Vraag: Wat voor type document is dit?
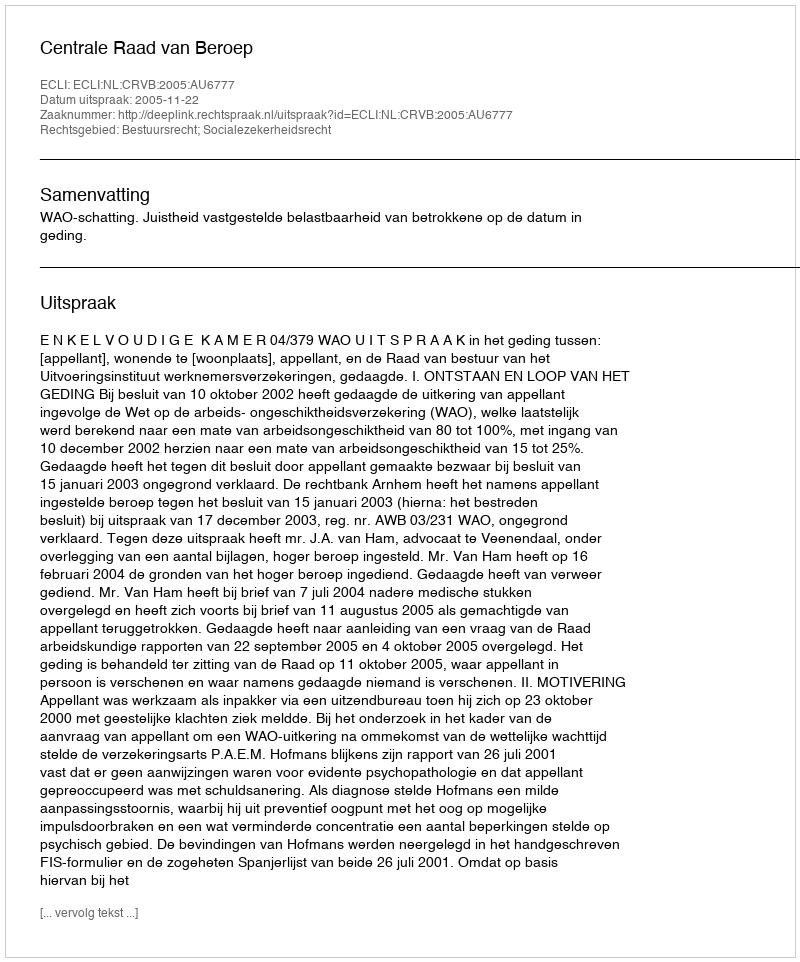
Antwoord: Uitspraak